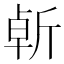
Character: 𣂣